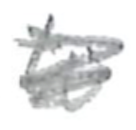
Text: to
Cross-out: scratch
Writing tool: pencil